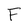
Character: F